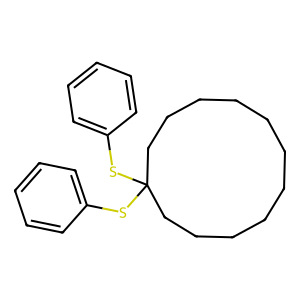
SMILES: c1ccc(SC2(Sc3ccccc3)CCCCCCCCCCC2)cc1
Inhibits HIV replication: No